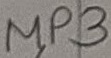
Text: MP3